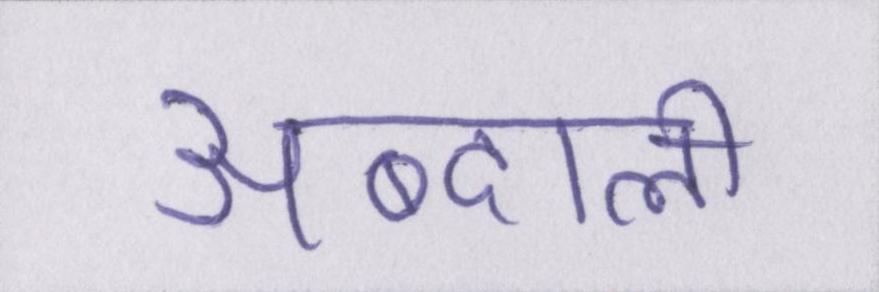
अब्दाली